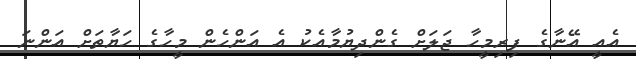
އެއީ އޭނާގެ ފިރިމީހާ ޖަލަށް ގެންދިޔުމާއެކު އެ އަންހެން މީހާގެ ހަޔާތަށް އަންނަ